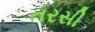
તરસી